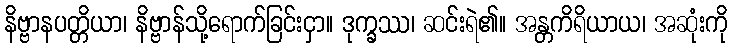
နိဗ္ဗာနပတ္တိယာ၊ နိဗ္ဗာန်သို့ရောက်ခြင်းငှာ။ ဒုက္ခဿ၊ ဆင်းရဲ၏။ အန္တကိရိယာယ၊ အဆုံးကို